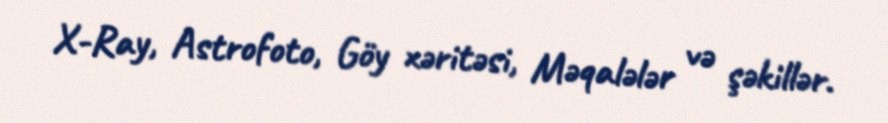
X-Ray, Astrofoto, Göy xəritəsi, Məqalələr və şəkillər.